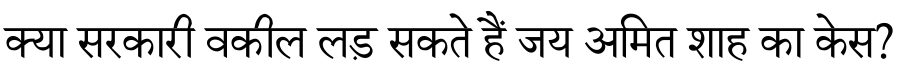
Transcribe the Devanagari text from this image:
क्या सरकारी वकील लड़ सकते हैं जय अमित शाह का केस?